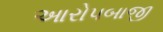
આરોપબાજી